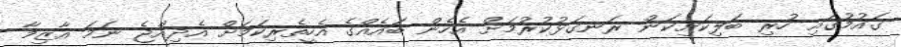
ގައުމުގައި ހުރި ބަލިކަށިކަން ރަނގަޅުކުރުމަށް އެހެން ބައެއްގެ އެހީތެރިކަމަށް އެދިއްޖެ ނަމަ އާޒިމާ